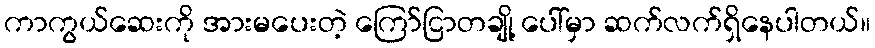
ကာကွယ်ဆေးကို အားမပေးတဲ့ ကြော်ငြာတချို့ ပေါ်မှာ ဆက်လက်ရှိနေပါတယ်။